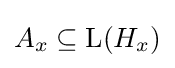
A_{x}\subseteq \operatorname {L} (H_{x})